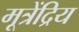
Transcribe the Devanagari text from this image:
मूत्रेंद्रिय